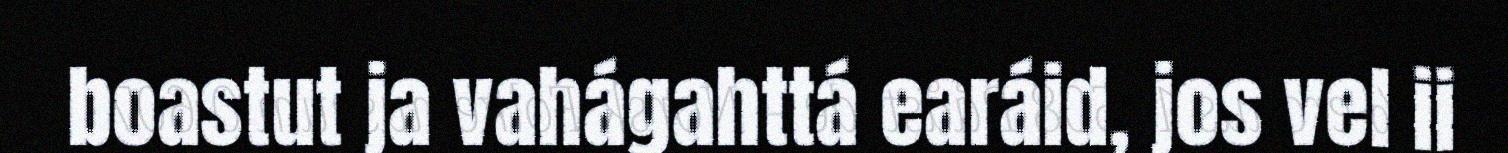
boastut ja vahágahttá earáid, jos vel ii